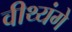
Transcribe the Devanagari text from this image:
वीथ्यंगे